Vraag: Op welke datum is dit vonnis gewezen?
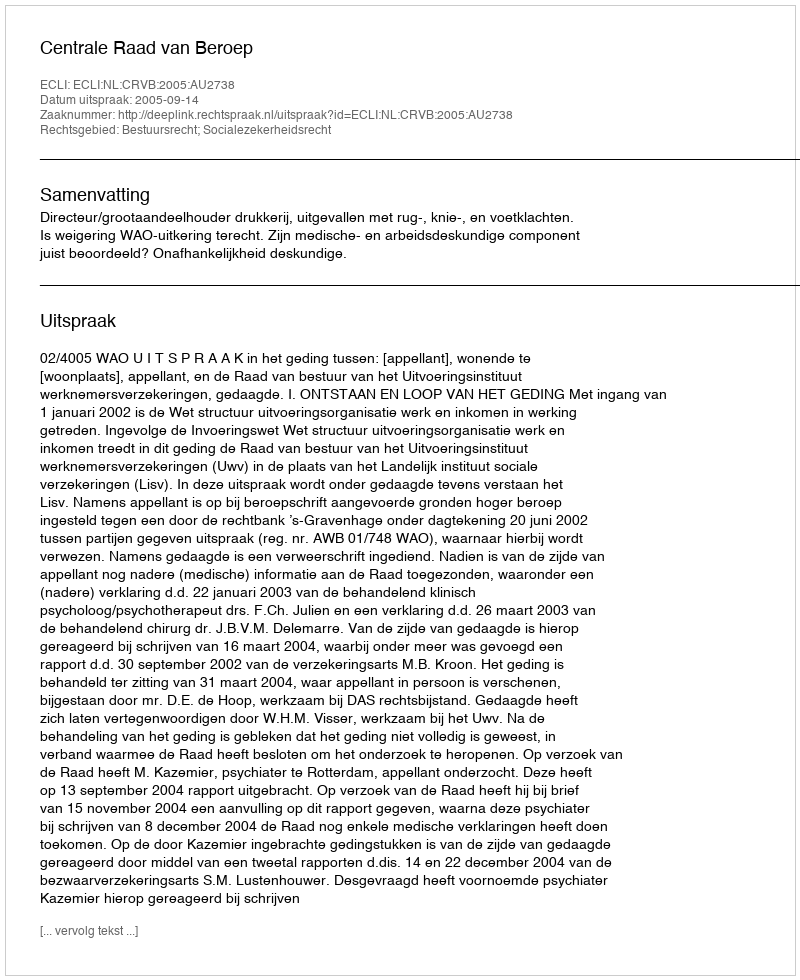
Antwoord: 2005-09-14